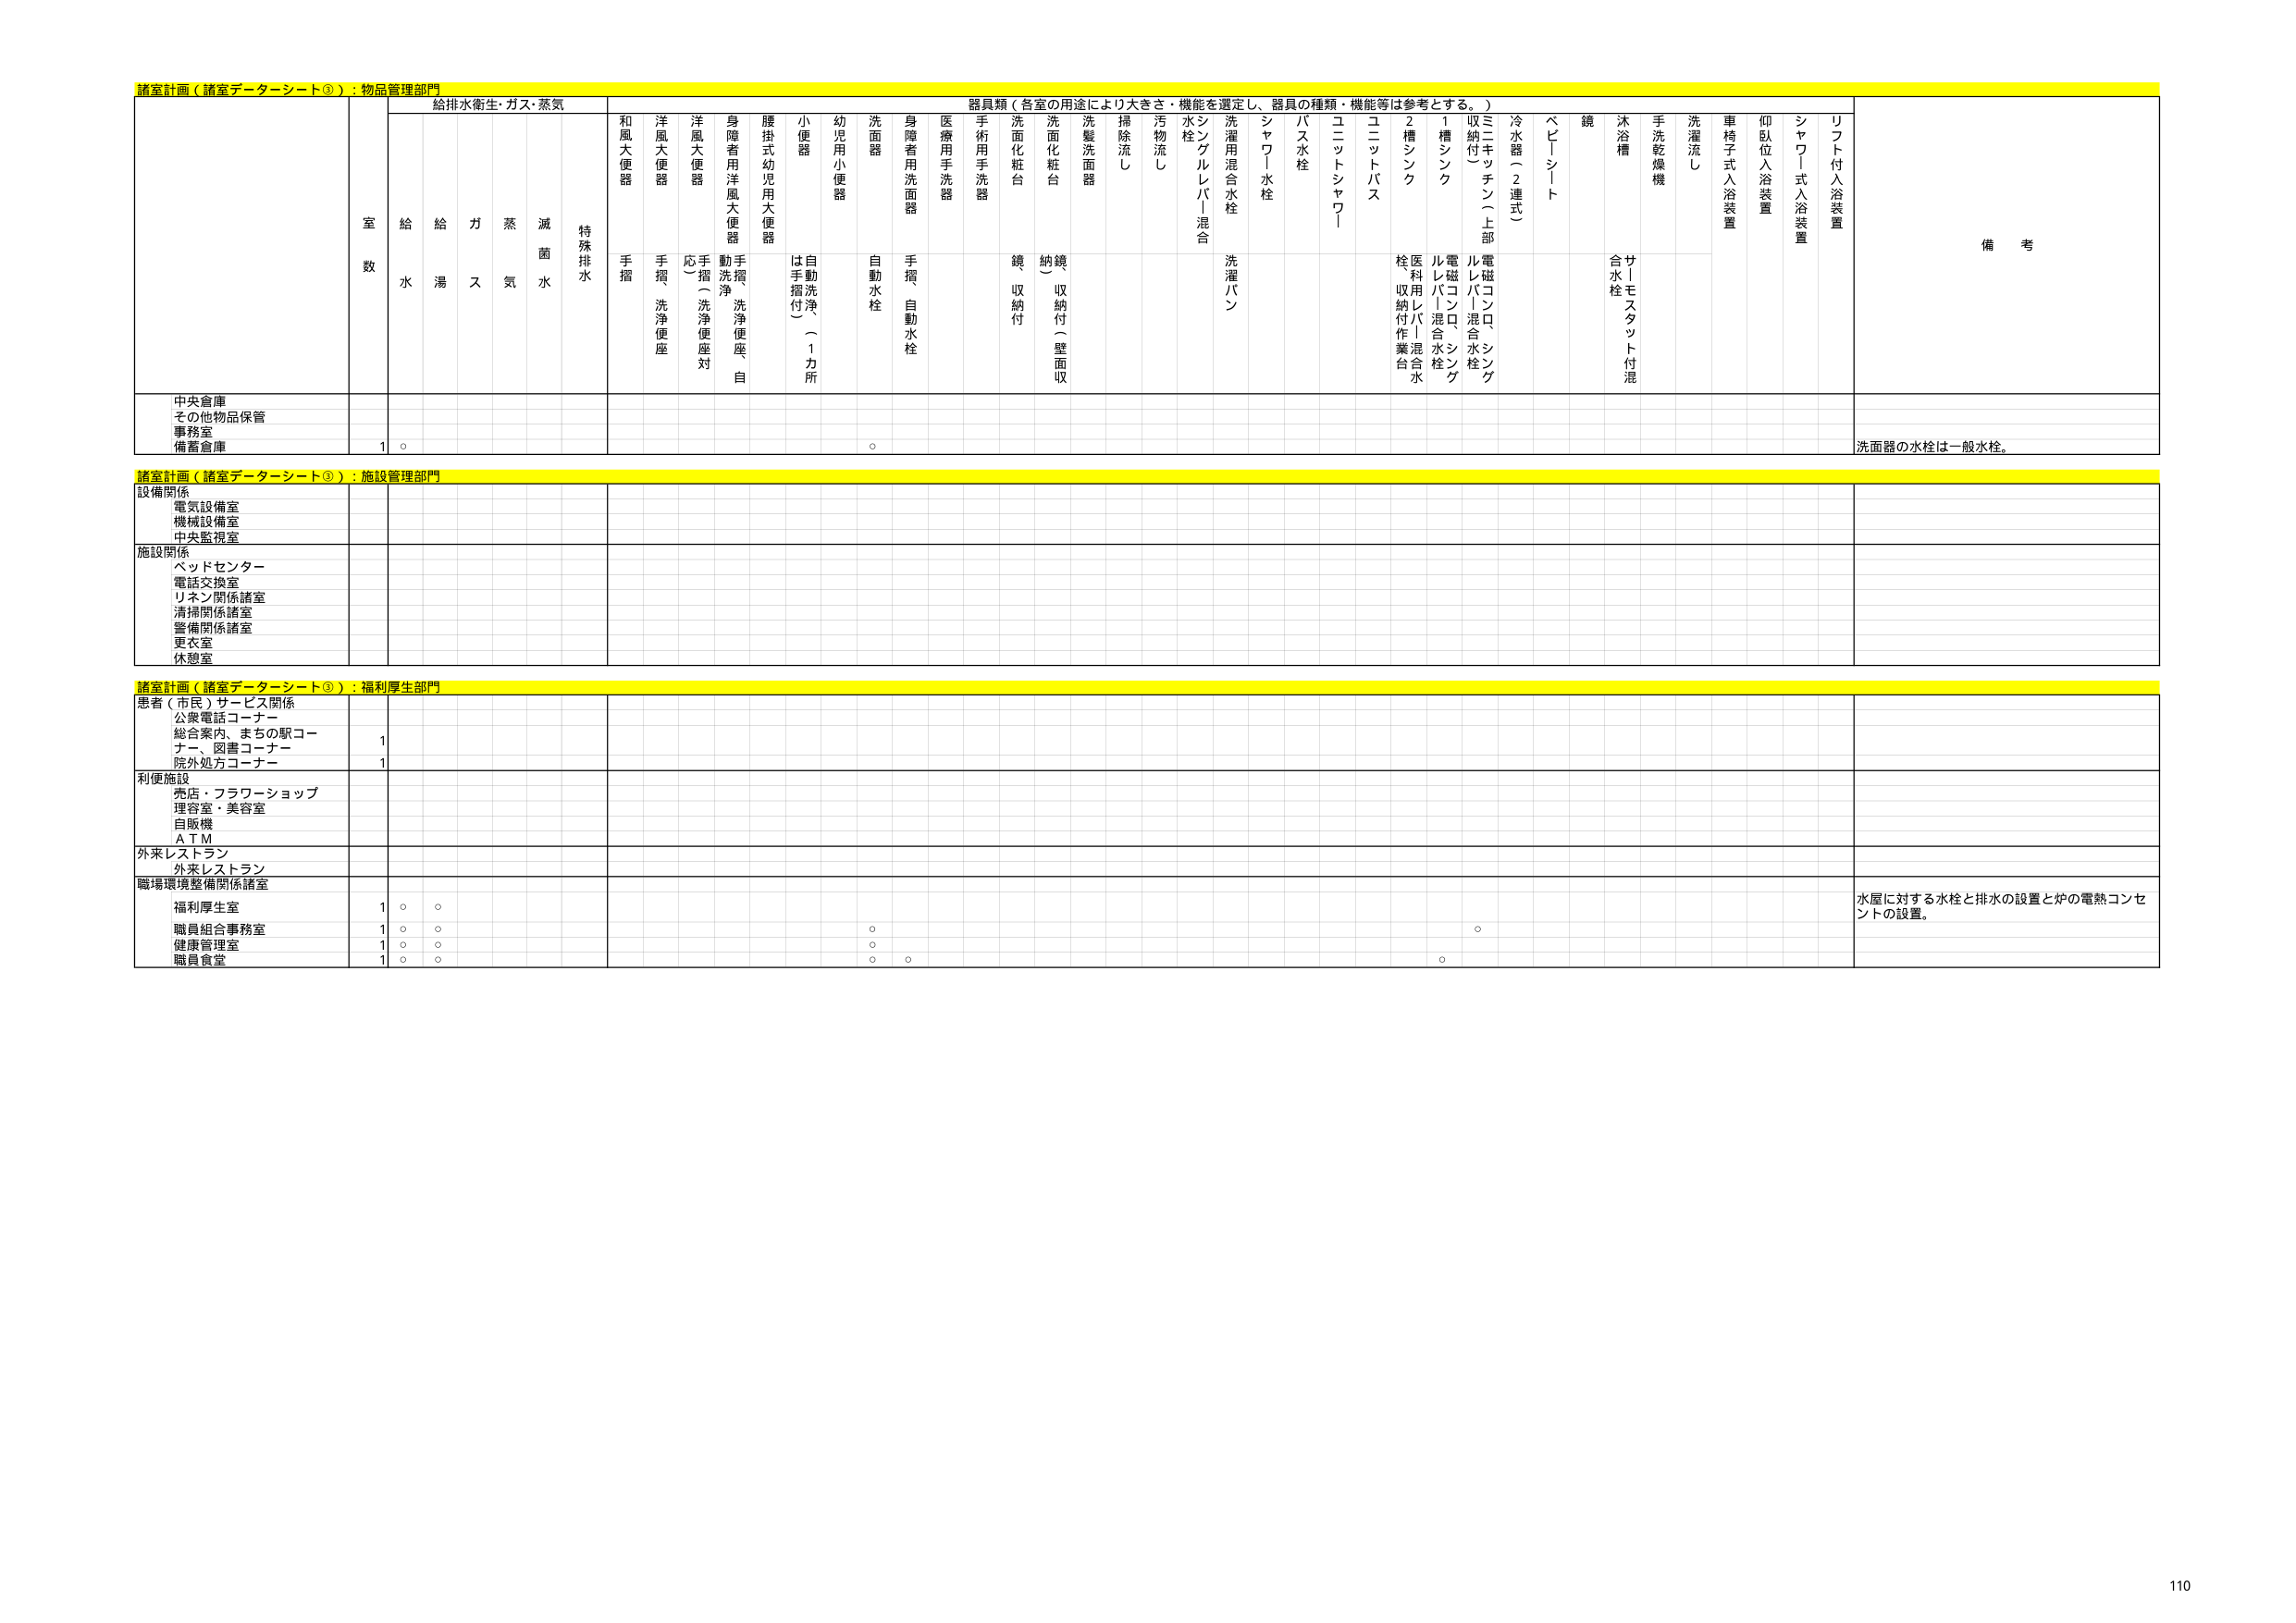
諸室計画（諸室データシート③）：物品管理部門
給排水衛生・ガス・蒸気
器具類（各室の用途により大きさ・機能を選定し、器具の種類・機能等は参考とする。）
室数
給水
給湯
ガス
蒸気
滅菌水
特殊排水
和風大便器
手摺
洋風大便器
手摺・洗浄便座
洋風大便器
応摺（洗浄便座対）
身障者用洋風大便器
動洗浄・洗浄便座・自
腰掛式幼児用大便器
は手摺付（1カ所）
自動洗浄
小便器
幼児用小便器
洗面器
自動水栓
身障者用洗面器
手摺・自動水栓
医療用手洗器
手術用手洗器
洗面化粧台
鏡収納付
洗面化粧台
納鏡（収納付・壁面収）
洗髪洗面器
掃除流し
汚物流し
水栓
シングルレバー混合
洗濯用混合水栓
洗濯パン
シャワー水栓
バス水栓
ユニットシャワー
ユニットバス
2槽シンク
医療用レバー混合水栓
1槽シンク
電磁バコンロ、シンク
収納付（上部）
ミキッテン（上部）
冷水器（2連式）
ベビーシート
鏡
サ丨モスタット付混合水栓
沐浴槽
手洗乾燥機
洗濯流し
車椅子式入浴装置
仰臥位入浴装置
シャワー式入浴装置
リフト付入浴装置
備考
中央倉庫
その他物品保管
事務室
備蓄倉庫
1
○
○
洗面器の水栓は一般水栓。

諸室計画（諸室データシート③）：施設管理部門
設備関係
電気設備室
機械設備室
中央監視室
施設関係
ベッドセンター
電話交換室
リネン関係諸室
清掃関係諸室
警備関係諸室
更衣室
休憩室

諸室計画（諸室データシート③）：福利厚生部門
患者（市民）サービス関係
公衆電話コーナー
総合案内、まちの駅コーナー、図書コーナー
院外処方コーナー
1
1
利便施設
売店・フラワーショップ
理容室・美容室
自販機
ＡＴＭ
外来レストラン
外来レストラン
職場環境整備関係諸室
福利厚生室
1
○
○
水屋に対する水栓と排水の設置と炉の電熱コンセントの設置。
職員組合事務室
1
○
○
○
健康管理室
1
○
○
○
職員食堂
1
○
○
○
○

110